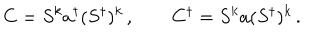
LaTeX: C = S ^ { k } a ^ { \dagger } ( S ^ { \dagger } ) ^ { k } \, , \qquad C ^ { \dagger } = S ^ { k } a ( S ^ { \dagger } ) ^ { k } \, .